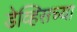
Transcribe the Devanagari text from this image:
डेव्हिसच्या